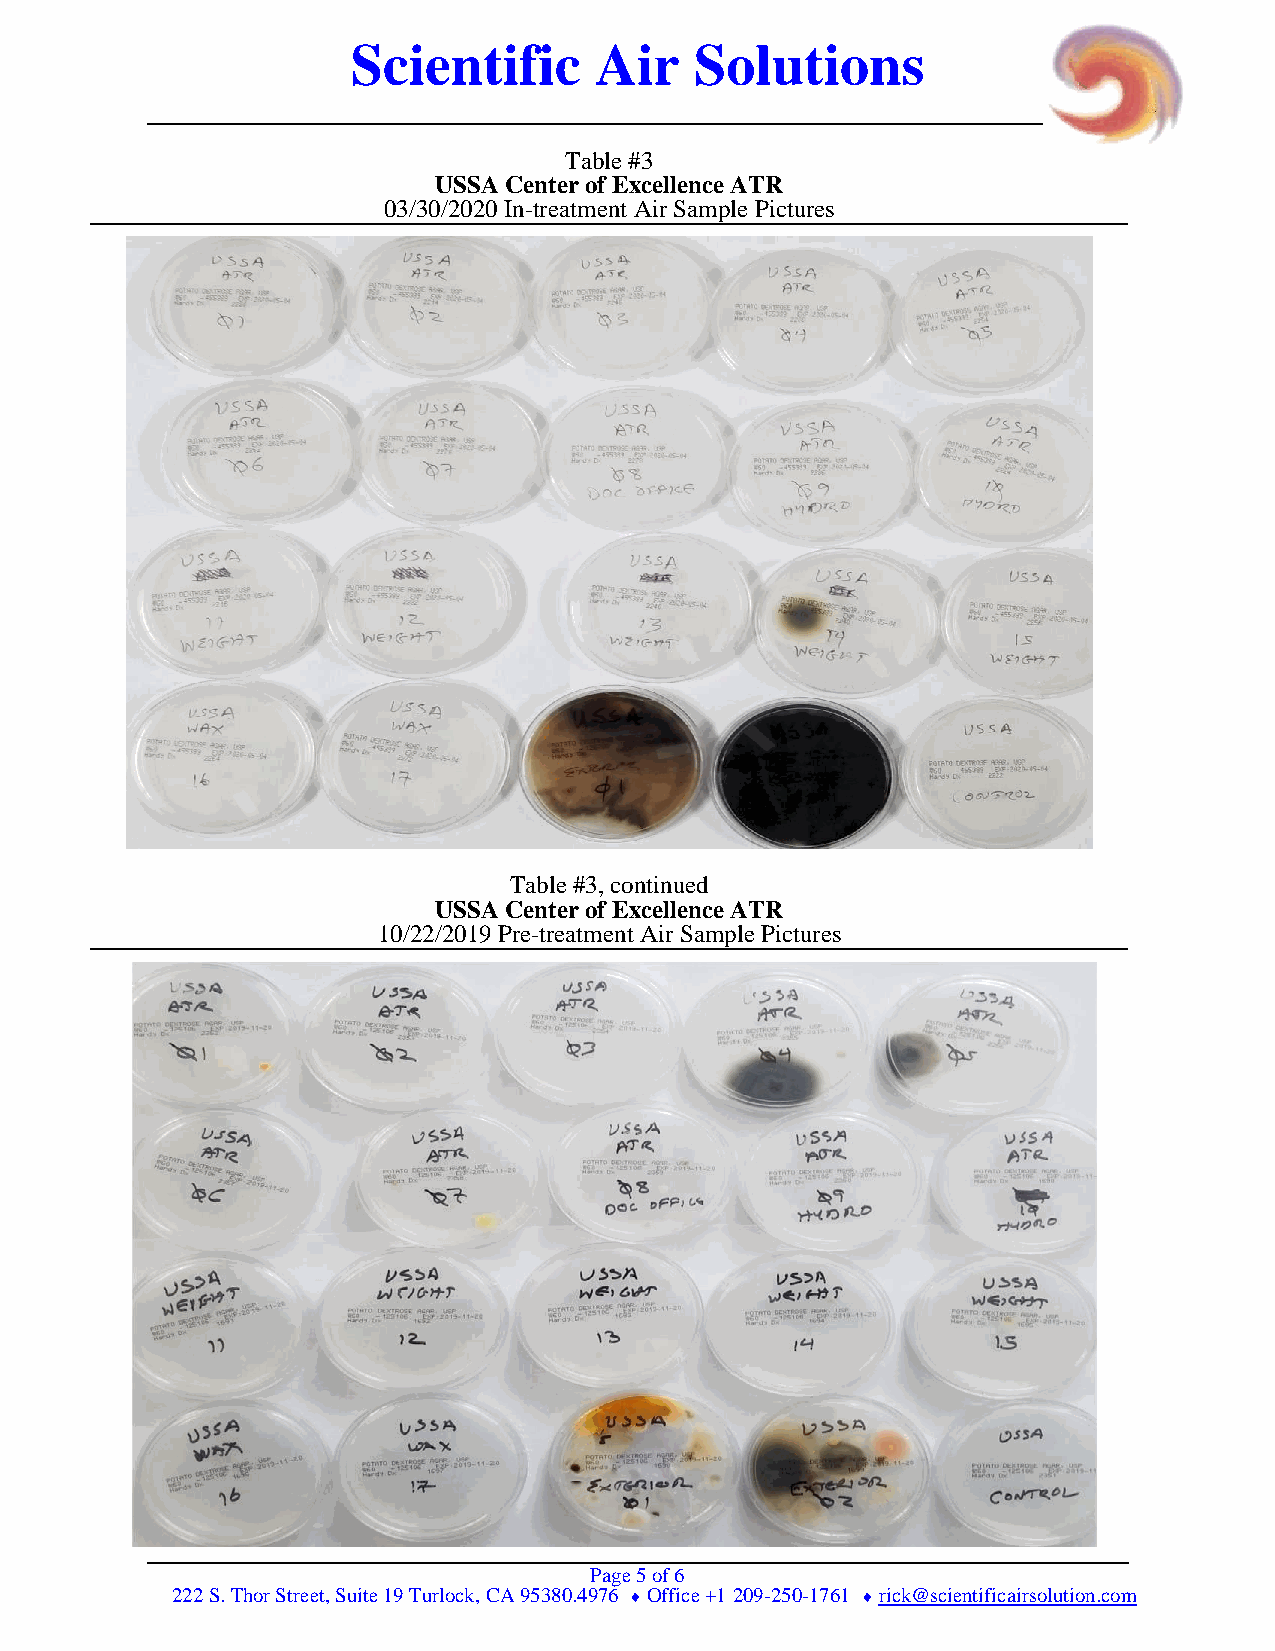
Scientific      Air    Solutions
 Table #3
 USSA Center of Excellence ATR
 03/30/2020 In-treatment Air Sample Pictures
 Table #3, continued
 USSA Center of Excellence ATR
 10/22/2019 Pre-treatment Air Sample Pictures
 Page 5 of 6
 222 S. Thor Street, Suite 19 Turlock, CA 95380.4976  Office +1 209-250-1761  rick@scientificairsolution.com